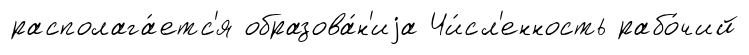
располага́етс'я образова́н'иjа Чи́сл'енность рабо́чий